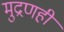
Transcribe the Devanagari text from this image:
मुद्रणही